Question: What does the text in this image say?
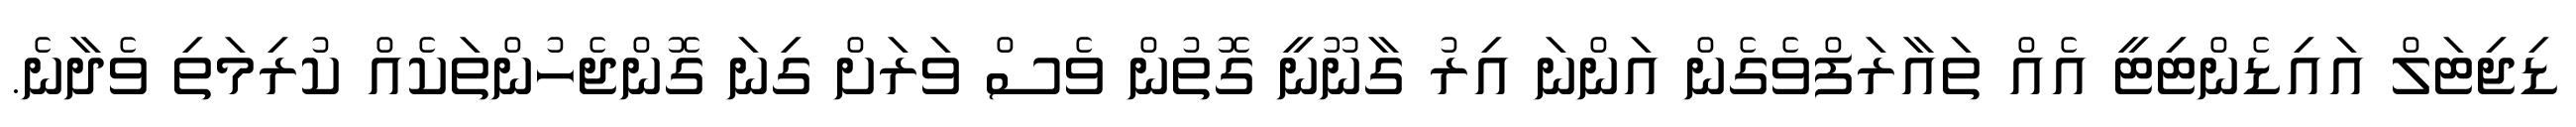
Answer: ޑިޖިޓަލް އައިޑެންޓިޓީ އެއް ތައާރަފްވެގެން އަންނަ އިރު ގާނޫނީ ގޮތުން ވެސް ވަރަށް ގިނަ ގޮންޖެހުންތަކެއް ކުރިމަތި ވެދާނެ.